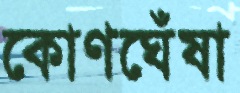
কোণঘেঁষা